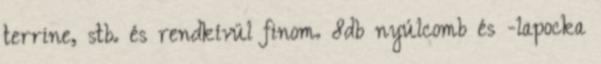
terrine, stb. és rendkívül finom. 8db nyúlcomb és -lapocka